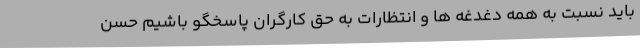
باید نسبت به همه دغدغه ها و انتظارات به حق کارگران پاسخگو باشیم حسن